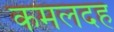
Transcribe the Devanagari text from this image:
कमलदह